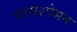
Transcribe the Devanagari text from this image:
परमशोभन